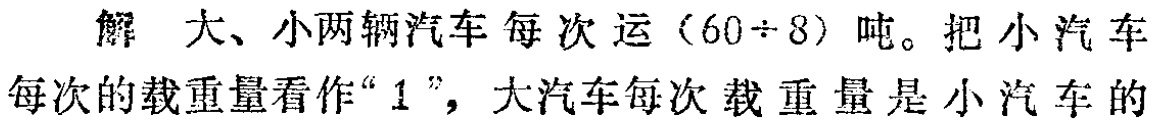
解 大、小两辆汽车每次运\((60\div 8)\)吨。把小汽车每次的载重量看作“\(1\)”，大汽车每次载重量是小汽车的